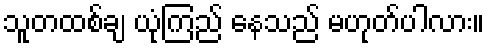
သူတထစ်ချ ယုံကြည် နေသည် မဟုတ်ပါလား။